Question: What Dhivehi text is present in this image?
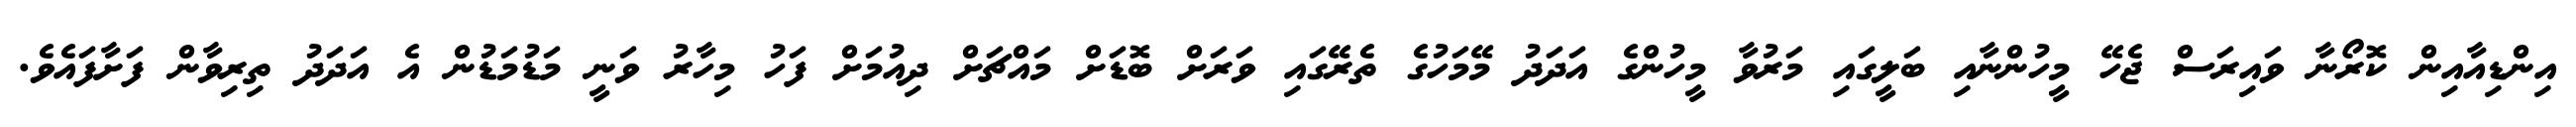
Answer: އިންޑިއާއިން ކޮރޯނާ ވައިރަސް ޖެހޭ މީހުންނާއި ބަލީގައި މަރުވާ މީހުންގެ އަދަދު މޭމަހުގެ ތެރޭގައި ވަރަށް ބޮޑަށް މައްޗަށް ދިއުމަށް ފަހު މިހާރު ވަނީ މަޑުމަޑުން އެ އަދަދު ތިރިވާން ފަށާފައެވެ.